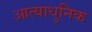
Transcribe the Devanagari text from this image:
आत्याधुनिक